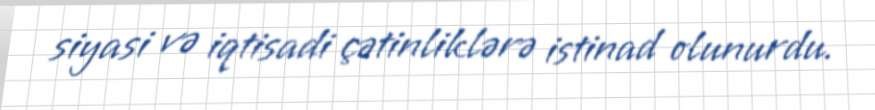
siyasi və iqtisadi çətinliklərə istinad olunurdu.